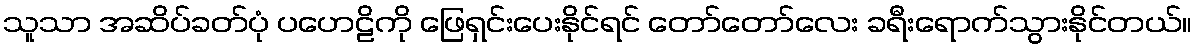
သူသာ အဆိပ်ခတ်ပုံ ပဟေဠိကို ဖြေရှင်းပေးနိုင်ရင် တော်တော်လေး ခရီးရောက်သွားနိုင်တယ်။